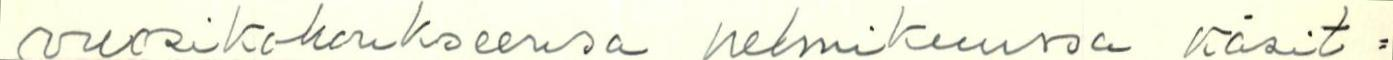
vuosikokoukseensa helmikuussa käsit=